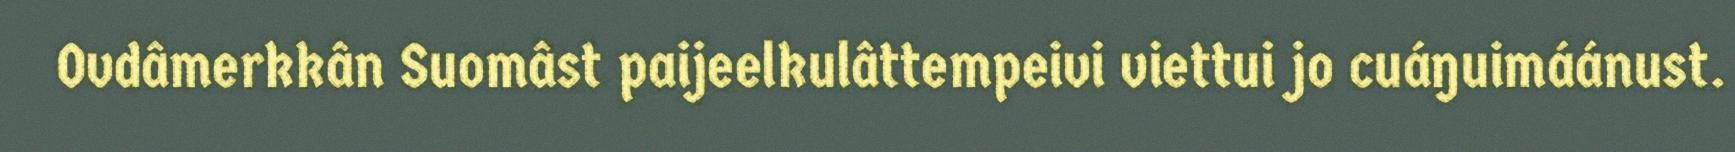
Ovdâmerkkân Suomâst paijeelkulâttempeivi viettui jo cuáŋuimáánust.